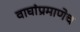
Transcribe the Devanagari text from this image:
वाघांप्रमाणेच